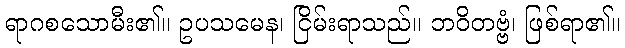
ရာဂစသောမီး၏။ ဥပသမေန၊ ငြိမ်းရာသည်။ ဘဝိတဗ္ဗံ၊ ဖြစ်ရာ၏။